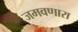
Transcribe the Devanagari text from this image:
जमवणारा